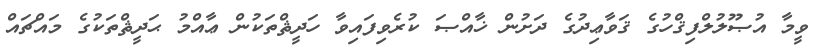
ވީމާ އުޞޫލުލްފިޤްހުގެ ޤަވާޢިދުގެ ދަށުން ޚާއްޞަ ކުރެވިފައިވާ ހަދީޘްތަކުން ޢާއްމު ޙަދީޘްތަކުގެ މައްޗައް